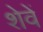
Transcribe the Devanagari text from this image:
शेवें